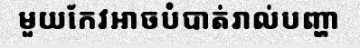
មួយកែវអាចបំបាត់រាល់បញ្ហា